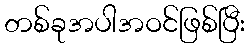
တစ်ခုအပါအဝင်ဖြစ်ပြီး